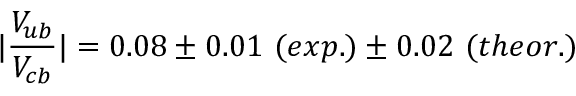
| \frac { V _ { u b } } { V _ { c b } } | = 0 . 0 8 \pm 0 . 0 1 \ ( e x p . ) \pm 0 . 0 2 \ ( t h e o r . )